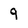
Character: 9